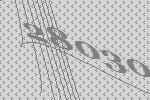
28030